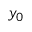
y _ { 0 }